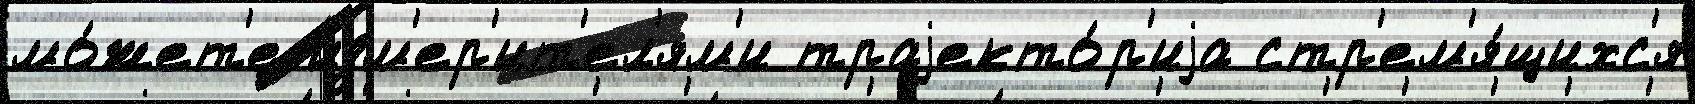
мо́жет'е изм'ер'ит'ел'ям'и траjекто́р'иjа стр'ем'я́щихс'я